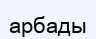
арбады